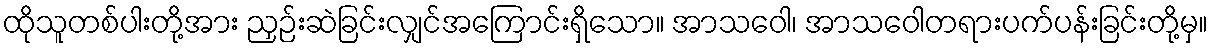
ထိုသူတစ်ပါးတို့အား ညှဉ်းဆဲခြင်းလျှင်အကြောင်းရှိသော။ အာသဝေါ၊ အာသဝေါတရားပက်ပန်းခြင်းတို့မှ။